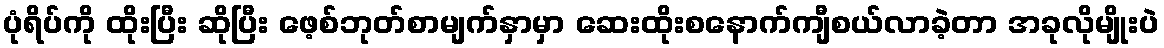
ပုံရိပ်ကို ထိုးပြီး ဆိုပြီး ဖေ့စ်ဘုတ်စာမျက်နှာမှာ ဆေးထိုးစနောက်ကျီစယ်လာခဲ့တာ အခုလိုမျိုးပဲ